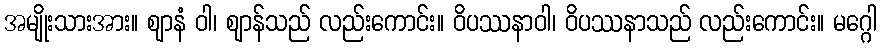
အမျိုးသားအား။ ဈာနံ ဝါ၊ ဈာန်သည် လည်းကောင်း။ ဝိပဿနာဝါ၊ ဝိပဿနာသည် လည်းကောင်း။ မဂ္ဂေါ